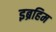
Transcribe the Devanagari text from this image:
इब्रहिम